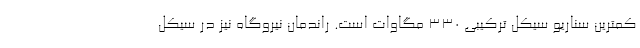
کمترین سناریو سیکل ترکیبی 330 مگاوات است. راندمان نیروگاه نیز در سیکل